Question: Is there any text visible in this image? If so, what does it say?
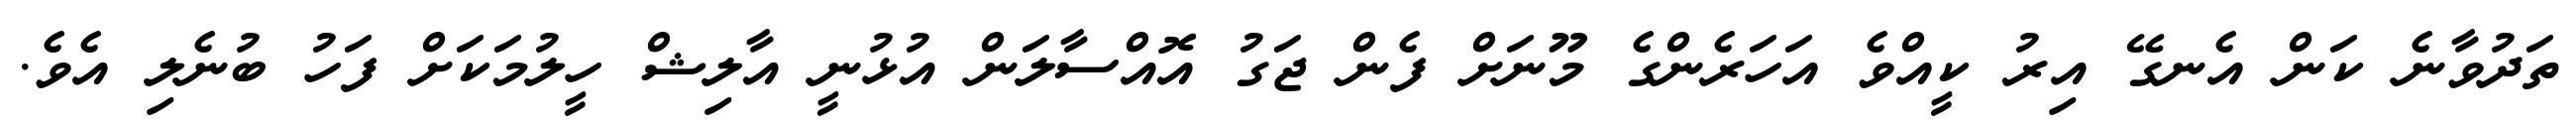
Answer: ތަދުވާނެ ކަން އެނގޭ އިރު ކީއްވެ އަހަރެންގެ މޫނަށް ފެން ޖަގު އޮއްސާލަން އުޅުނީ އާލިޝް ހީލުމަކަށް ފަހު ބުނެލި އެވެ.